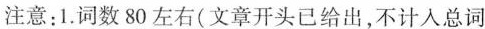
注意：1.词数80左右（文章开头已给出，不计入总词